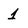
Character: 1